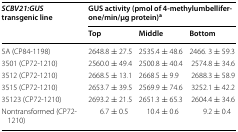
| <ROWSPAN=2> SCBV21:GUS transgenic line | <COLSPAN=3> GUS activity (pmol of 4-methylumbelliferone/min/μg protein)a |
 | Top | Middle | Bottom |
 | --- | --- | --- | --- |
 | 5A (CP84-1198) | 2648.8 ± 27.5 | 2535.4 ± 48.6 | 2466. 3 ± 59.3 |
 | 3501 (CP72-1210) | 2560.0 ± 49.4 | 2500.8 ± 40.4 | 2574.8 ± 34.6 |
 | 3512 (CP72-1210) | 2668.5 ± 13.1 | 2668.5 ± 9.9 | 2688.3 ± 58.9 |
 | 3515 (CP72-1210) | 2653.7 ± 39.5 | 2569.9 ± 74.6 | 3252.1 ± 42.2 |
 | 35123 (CP72-1210) | 2693.2 ± 21.5 | 2651.3 ± 65.3 | 2604.4 ± 34.6 |
 | Nontransformed (CP72-1210) | 6.7 ± 0.5 | 10.4 ± 0.6 | 9.2 ± 0.4 |